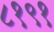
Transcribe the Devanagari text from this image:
८१९१